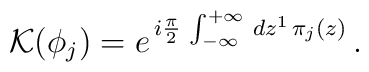
{\cal K}(\phi_j) = e^{\,i \frac{\pi}{2}\,\int_{- \infty}^{+\infty}\,d z^1\,\pi_j(z)}\,.